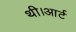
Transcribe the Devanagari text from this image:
थी।आर्ट